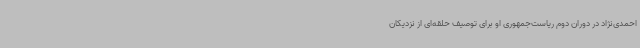
احمدی‌نژاد در دوران دوم ریاست‌جمهوری او برای توصیف حلقه‌ای از نزدیکان